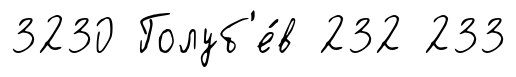
3230 Голуб'е́в 232 233